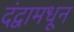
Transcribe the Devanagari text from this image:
दंद्वामधून